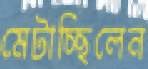
মেটাচ্ছিলেন